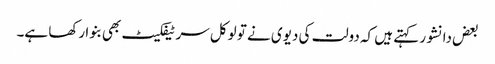
بعض دانشور کہتے ہیں کہ دولت کی دیوی نے تو لوکل سر ٹیفکیٹ بھی بنوا رکھا ہے۔